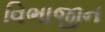
વિભાજીન